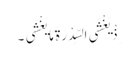
ِذْ یَغْشَی السِّدْرَةَ مَا یَغْشَی ۔